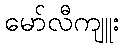
မော်လီကျူး